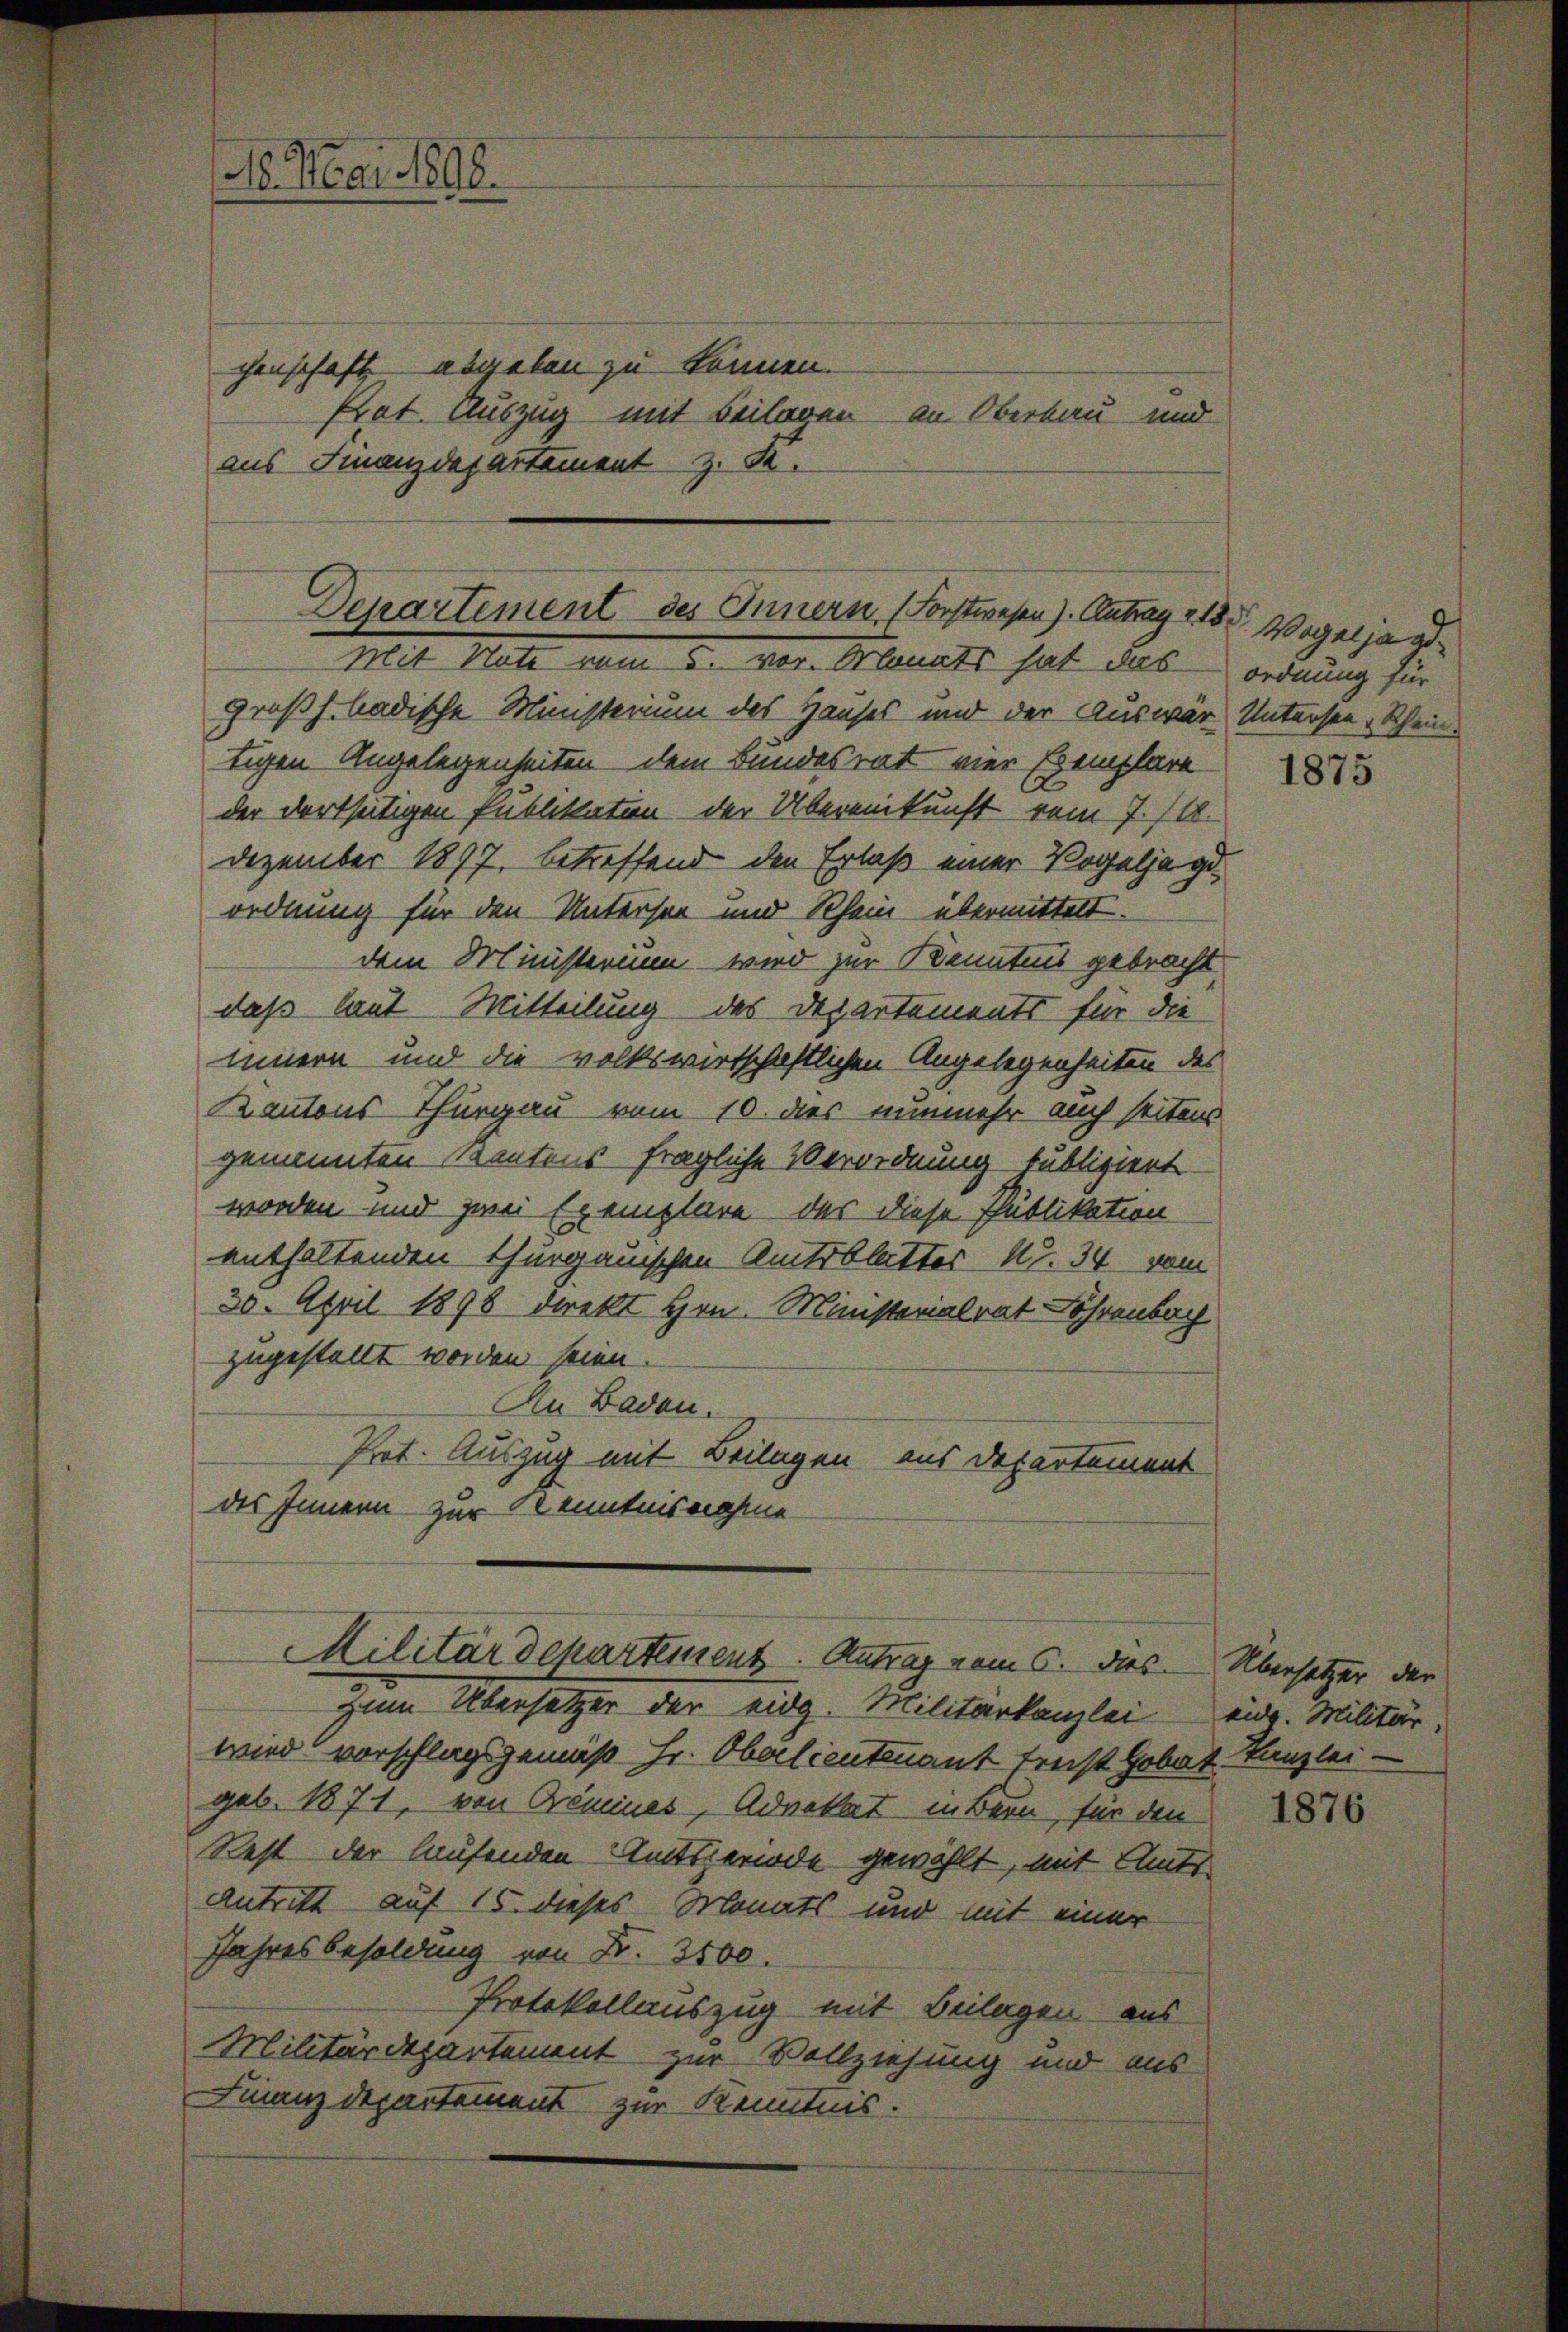
16. Mai 1890.

chenschaft abgeben zu können.
Prat. Auszug mit Beilagen an Oberbau und
aus Finanzdepartement z. B.

Departement des Innern (Forstwesen). Antrag 213.
Mit Note vom 5. vor. Monats hat das

großh. badische Ministerium des Hauses und der Auswärtigen Angelegenheiten dem Bundesrat vier Exemplare
der dortseitigen Publikaten der Übereinkunft vom 7./18.
Dezember 1897, betreffend den Erlaß einer Vogeljagiordnung für den Untersen und Rhein übermittelt.
dem Ministerium wird zur Kenntnis gebracht
daß laut Mitteilung des Departements für die
innern und die volkswirtschaftlichen Angelegenheiten des
Kantons Thurgau vom 10. dies nunmehr auch seitens
genannten Kantonsfragliche Verordnung publiziert
worden und zwei Exemplare des diese Publikation
enthaltenden Thurgauischen Amtsblattes No. 34. vom
30. April 1898 direkt Hrn. Ministerialrat Lohrenbach
zugestellt worden seien.
An Baden.
Prot. Auszug mit Beilagen aus Departement
des Innern zur Kenntnisnahme
Militärdepartement. Antrag vom 6. dies
zum Übersetzer der eidg. Militärkanzlei
wird vorschlagsgemäß Hr. Oberlieutenant freist Gobat Kanzlei-
geb. 1871, von Gremines, Advokat in Bern, für den
Rest der laufenden Amtsrede gewählt, mit Amts¬
Antritt auf 15. dieses Monats und mit einer
Jahresbesoldung von Fr. 3100.
Protokollauszug mit Beilagen aus
Militärdepartement zur Vollziehung und aus
Finanz Departement zur Kenntnis.

Wagaljagd
ordnung für
Untersen - Schein

1875

Übersetzer der
aug. Militär,

1876